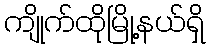
ကျိုက်ထိုမြို့နယ်ရှိ